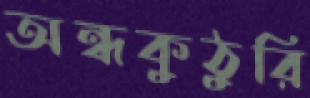
অন্ধকুঠুরি